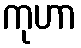
ကုဟာ